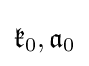
{\mathfrak {k}}_{0},{\mathfrak {a}}_{0}